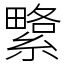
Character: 䌎